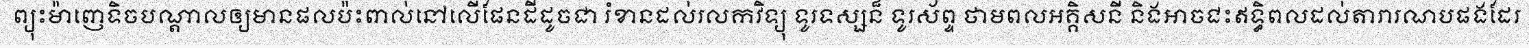
ព្យុះម៉ាញេទិចបណ្តាលឲ្យមានផលប៉ះពាល់នៅលើផែនដីដូចជា រំខានដល់រលកវិទ្យុ ទូរទស្សន៏ ទូរស័ព្ទ ថាមពលអគ្គិសនី និងអាចជះឥទ្ធិពលដល់តារារណបផងដែរ